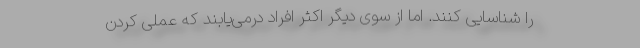
را شناسایی کنند. اما از سوی دیگر اکثر افراد درمی‌یابند که عملی کردن